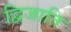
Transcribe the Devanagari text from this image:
द्विजाति